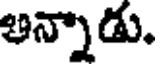
అన్నాడు.